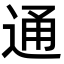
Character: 通